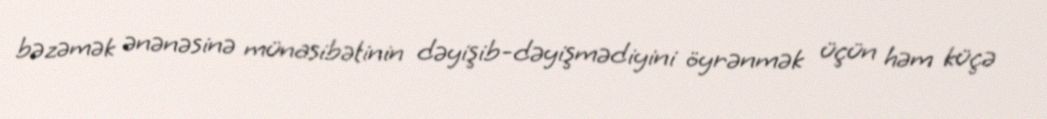
bəzəmək ənənəsinə münasibətinin dəyişib-dəyişmədiyini öyrənmək üçün həm küçə